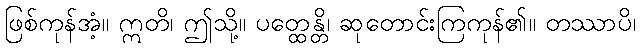
ဖြစ်ကုန်အံ့။ ဣတိ၊ ဤသို့။ ပတ္ထေန္တိ၊ ဆုတောင်းကြကုန်၏။ တဿာပိ၊